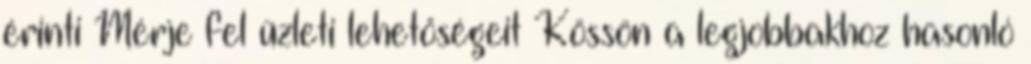
érinti Mérje fel üzleti lehetőségeit Kössön a legjobbakhoz hasonló